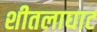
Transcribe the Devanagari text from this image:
शीतलाघाट